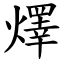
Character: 燡